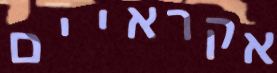
אקראיים